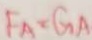
F _ { A } = G _ { A }